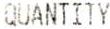
QUANTITY